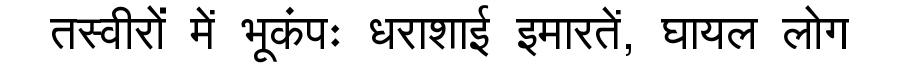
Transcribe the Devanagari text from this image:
तस्वीरों में भूकंपः धराशाई इमारतें, घायल लोग